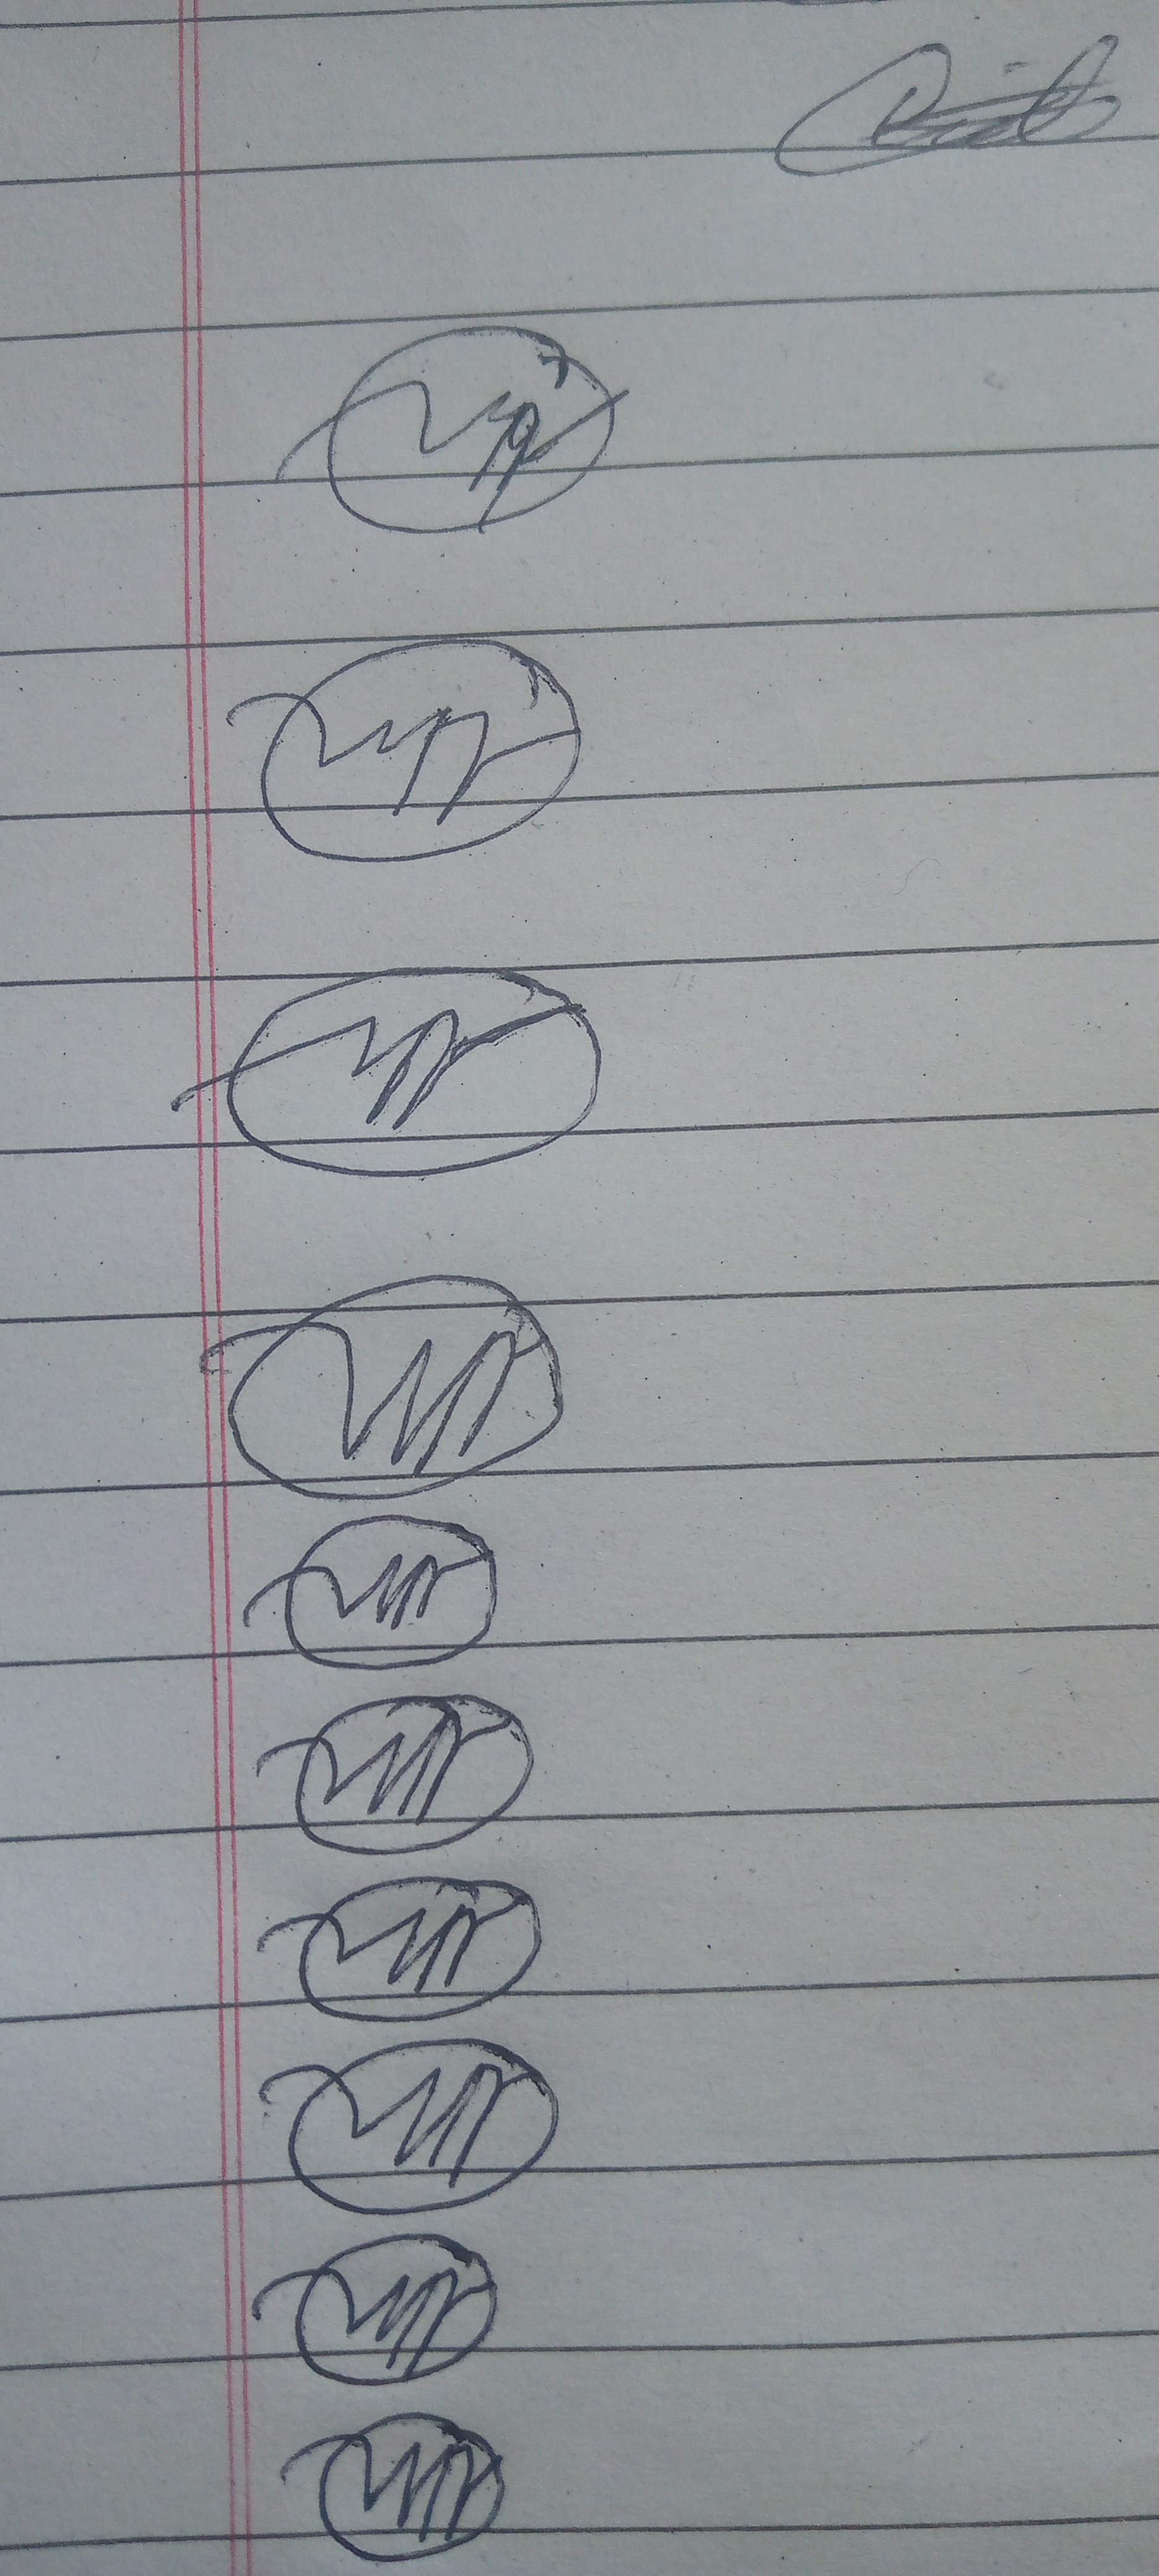
Signature authenticity: forged